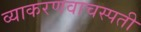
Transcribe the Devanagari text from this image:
व्याकरणवाचस्पती